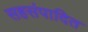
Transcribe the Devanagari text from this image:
सहसंपादित